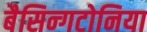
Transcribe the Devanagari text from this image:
बैसिन्गटोनिया